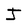
Character: J